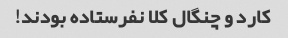
کارد و چنگال کلا نفرستاده بودند!